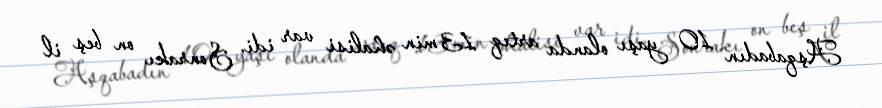
Aşqabadın 10 yaşı olanda artıq 13 min əhalisi var idi. Sonrakı on beş il